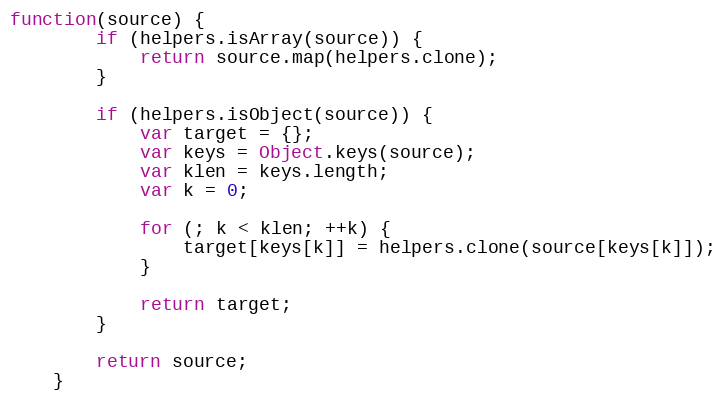
Language: JavaScript
function(source) {
		if (helpers.isArray(source)) {
			return source.map(helpers.clone);
		}

		if (helpers.isObject(source)) {
			var target = {};
			var keys = Object.keys(source);
			var klen = keys.length;
			var k = 0;

			for (; k < klen; ++k) {
				target[keys[k]] = helpers.clone(source[keys[k]]);
			}

			return target;
		}

		return source;
	}